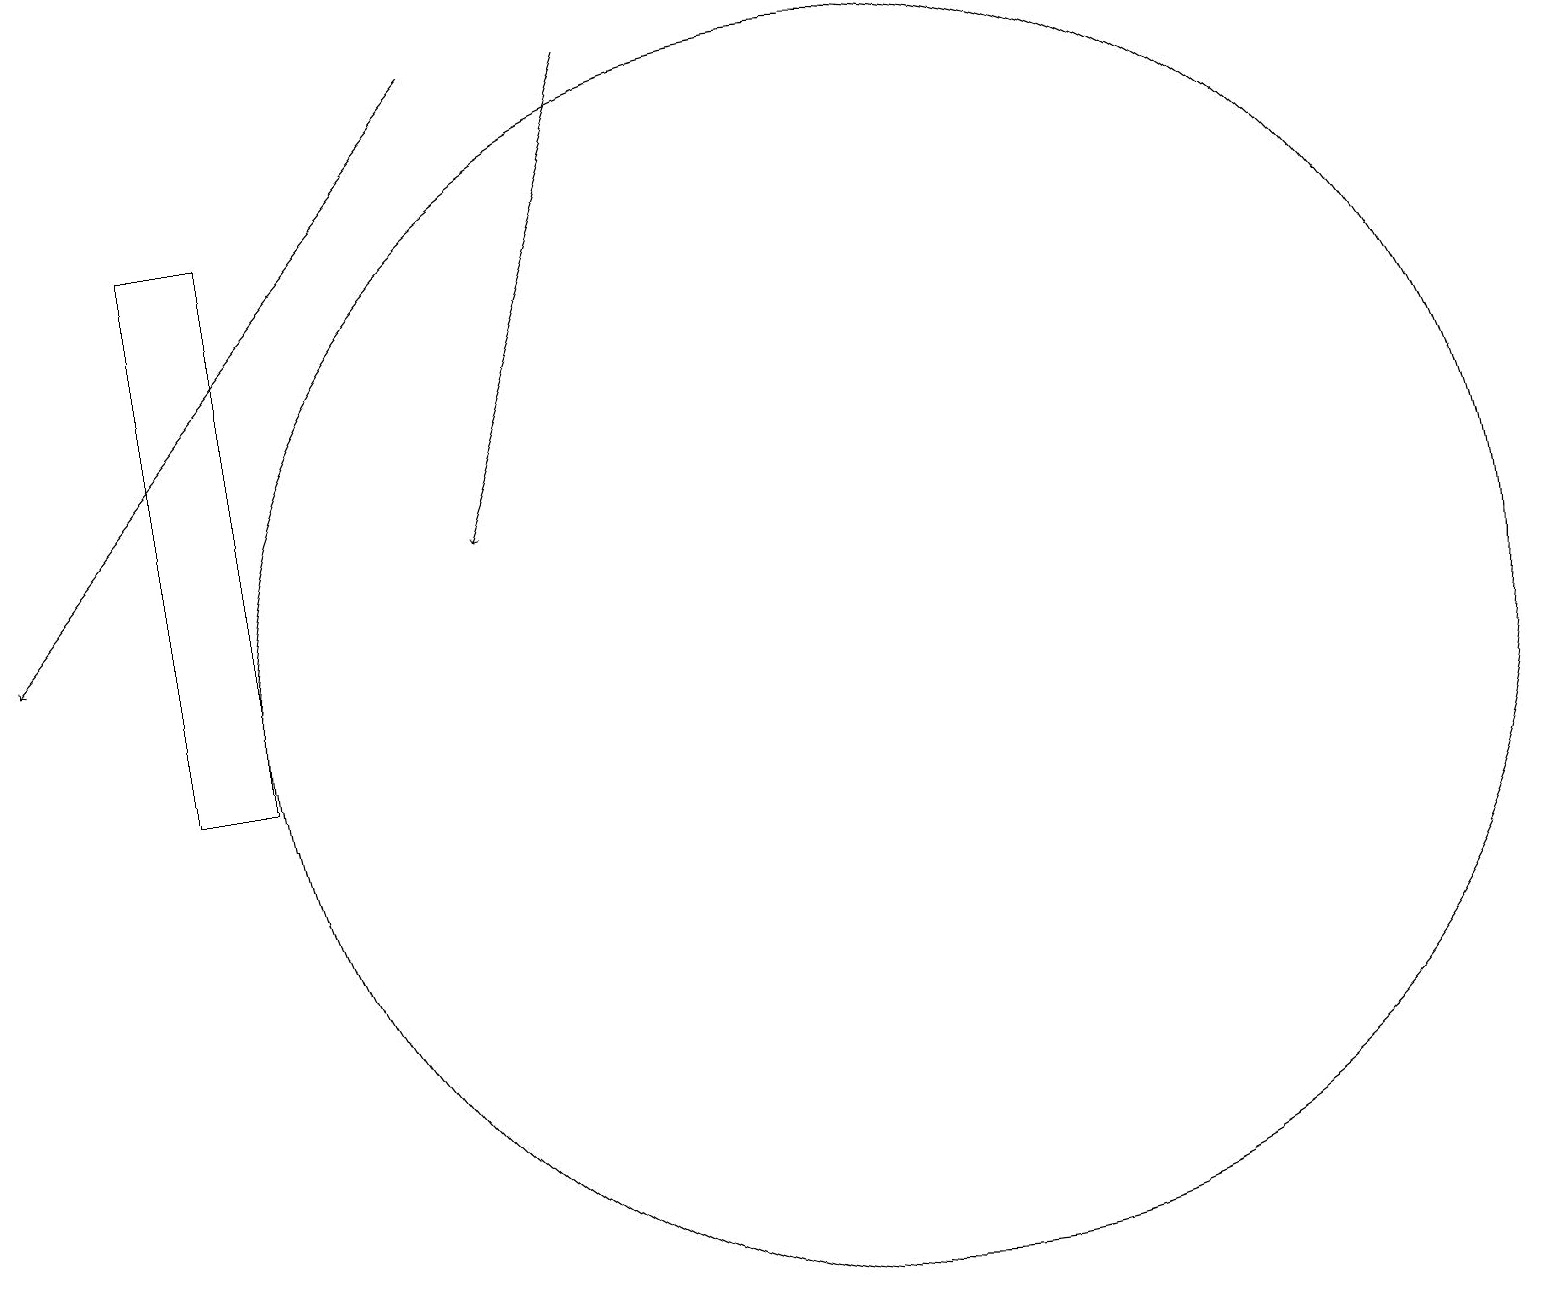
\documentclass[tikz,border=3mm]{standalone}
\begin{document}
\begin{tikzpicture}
\draw[->] (6,19) -- (0,12);
\draw (3,17) rectangle (2,10);
\draw[->] (8,19) -- (6,13);
\draw (11,11) circle (8);
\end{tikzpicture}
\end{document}